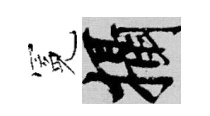
冕攝